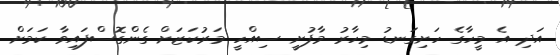
އަދި އެ މީހާގެ ހަށިގަނޑު މިހާރު މާފުށީ ސިއްހީ މަރުކަޒަށް ގެންގޮސްފައިވާ ކަމަށް